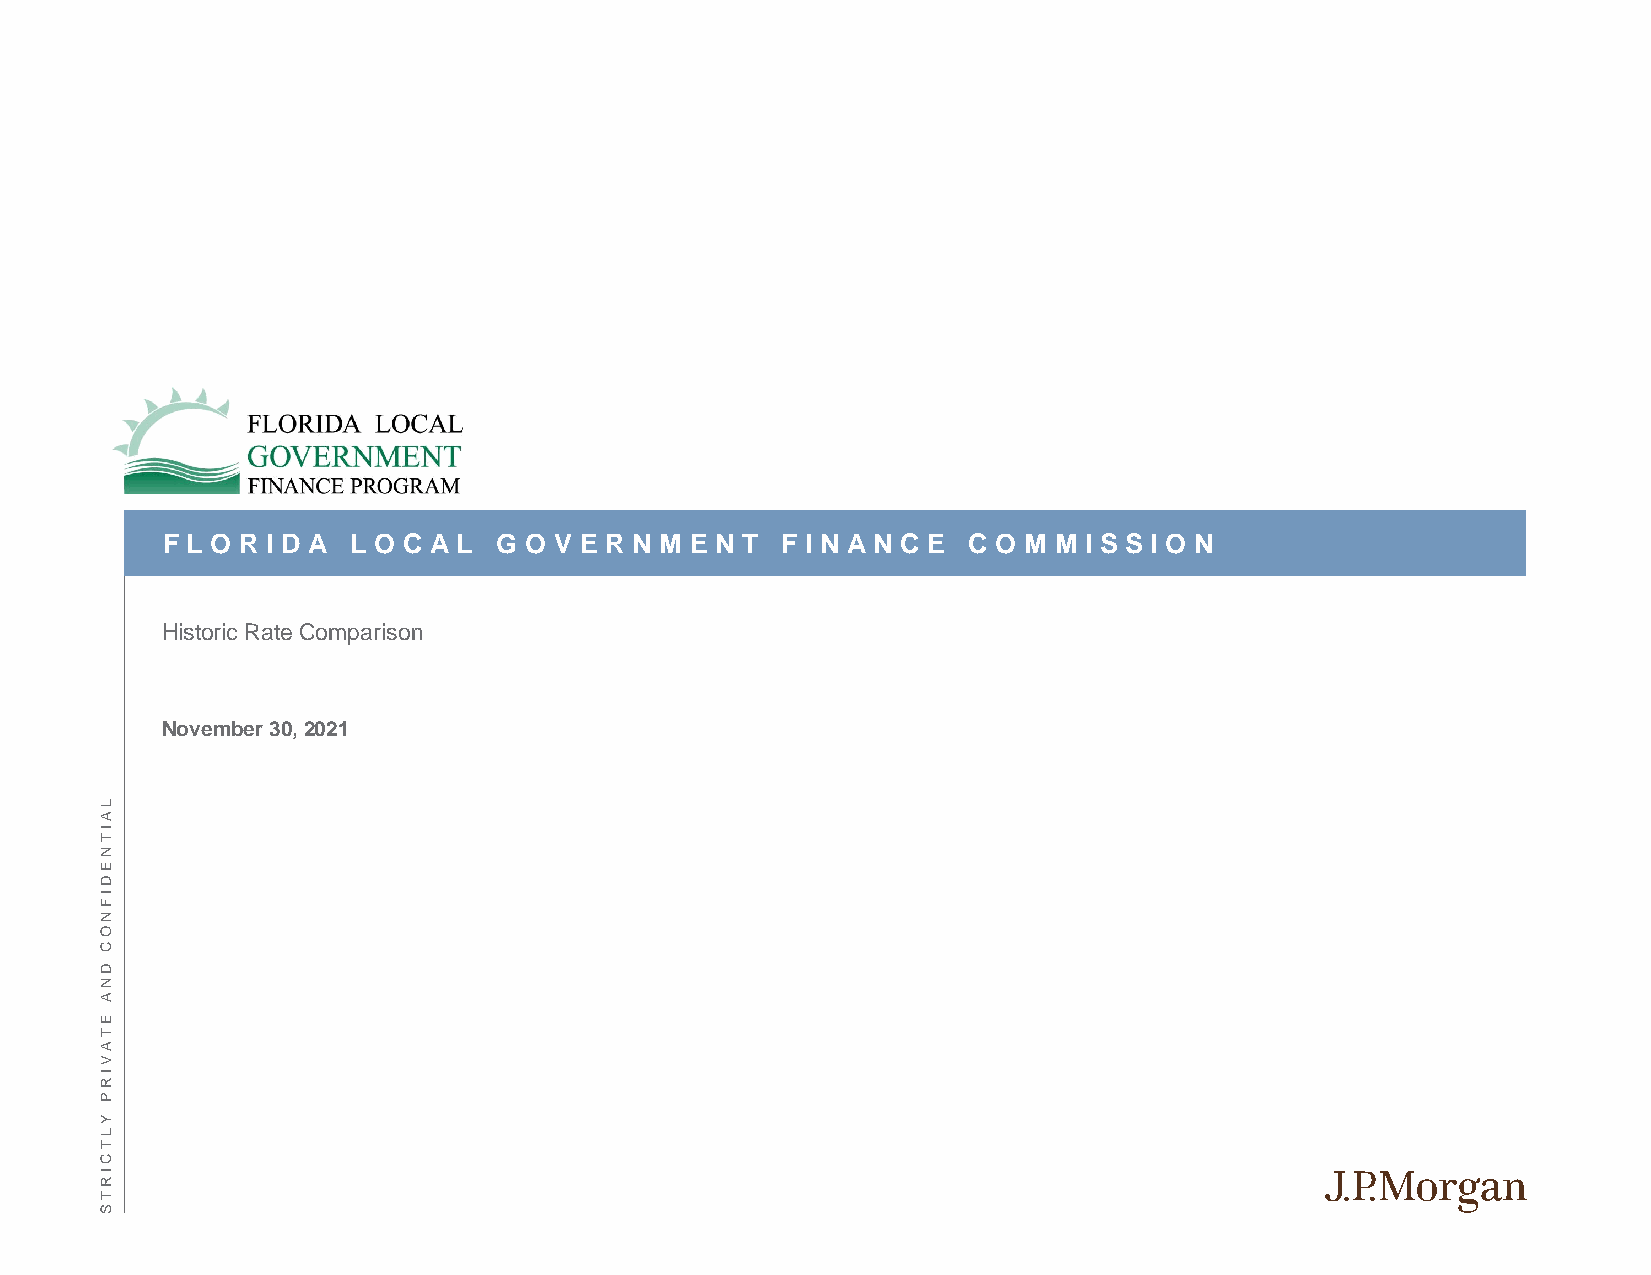
F L O R I D A L O C A L G O V E R N M E N T F I N A N C E C O M M I S S I O N
 Historic Rate Comparison
 November 30, 2021
 L
 A
 I
 T
 N
 E
 D
 I
 F
 N
 O
 C
 D
 N
 A
 E
 T
 A
 V
 I
 R
 P
 Y
 L
 T
 C
 I
 R
 T
 S